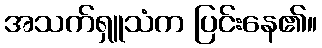
အသက်ရှူသံက ပြင်းနေ၏။